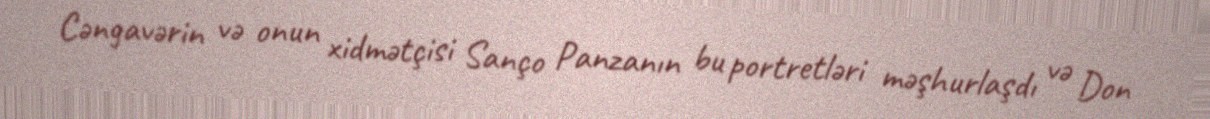
Cəngavərin və onun xidmətçisi Sanço Panzanın bu portretləri məşhurlaşdı və Don